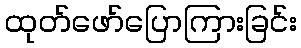
ထုတ်ဖော်ပြောကြားခြင်း